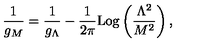
\frac { 1 } { g _ { M } } = \frac { 1 } { g _ { \Lambda } } - \frac { 1 } { 2 \pi } \mathrm { L o g } \left( \frac { \Lambda ^ { 2 } } { M ^ { 2 } } \right) ,